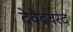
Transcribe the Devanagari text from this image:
देवेंद्रवरद